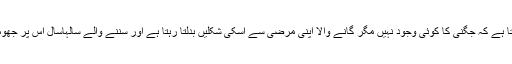
سب کو پتہ ہو تا ہے کہ جگنی کا کوئی وجود نہیں مگر گانے والا اپنی مرضی سے اسکی شکلیں بدلتا رہتا ہے اور سننے والے سالہاسال اس پر جھومتے رہتے ہیں۔